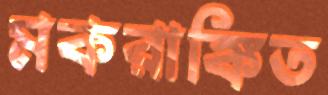
মকরাঙ্কিত